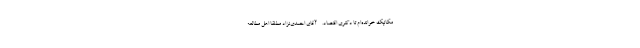
مکانیک خوانده‌ام تا دکتری اقتصاد. - آقای احمدی‌نژاد مطلقا اهل مطالعه